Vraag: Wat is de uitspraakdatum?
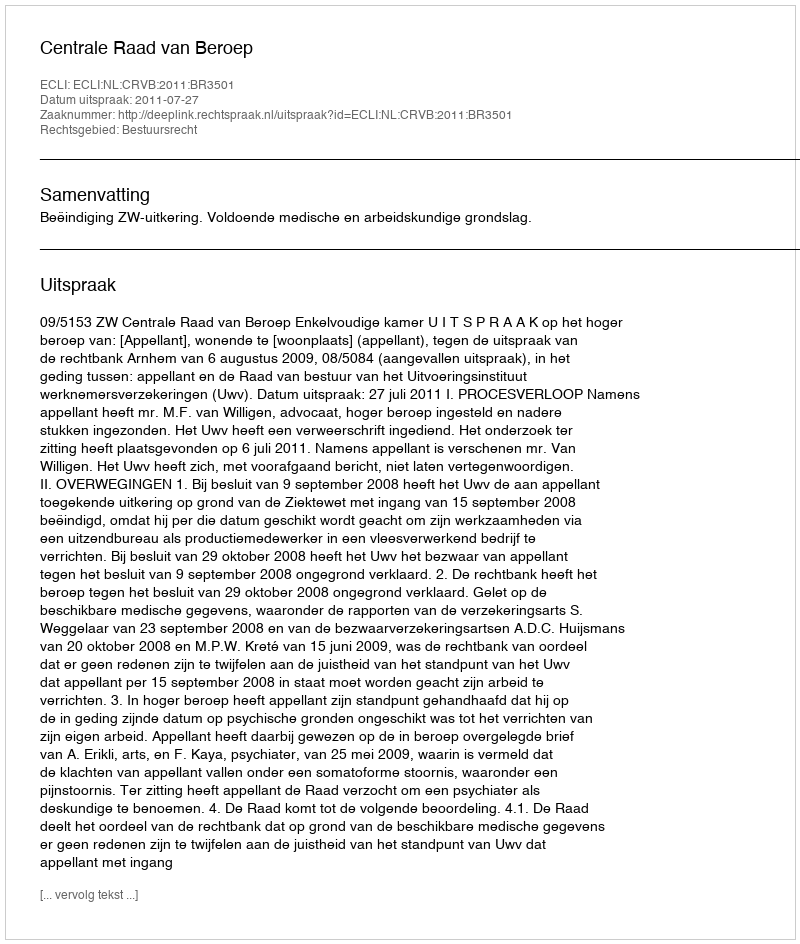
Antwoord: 2011-07-27